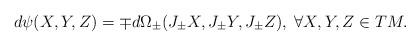
LaTeX: \begin{align*} d\psi(X,Y,Z)=\mp d\Omega_\pm(J_\pm X,J_\pm Y,J_\pm Z), \; \forall X,Y,Z\in TM.\end{align*}